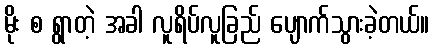
မိုး စ ရွာတဲ့ အခါ လူရိပ်လူခြည် ပျောက်သွားခဲ့တယ်။